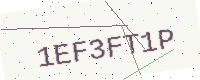
Text: 1EF3FT1P